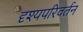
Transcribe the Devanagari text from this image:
दृश्यपरिवर्तन